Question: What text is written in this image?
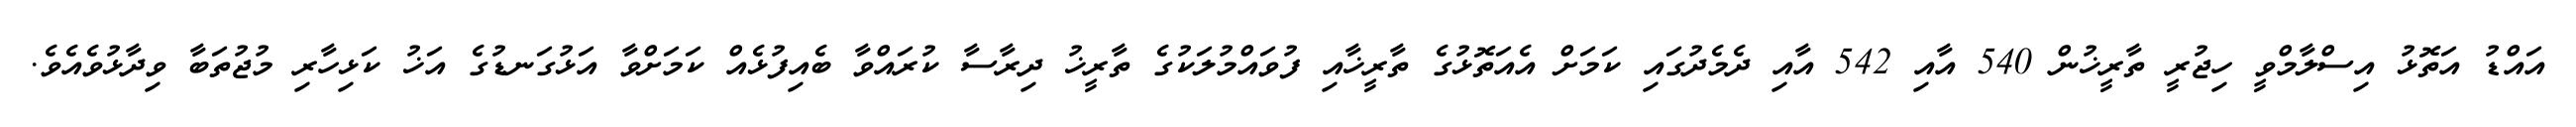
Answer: އައްޑު އަތޮޅު އިސްލާމްވީ ހިޖުރީ ތާރީޚުން 540 އާއި 542 އާއި ދެމެދުގައި ކަމަށް އެއަތޮޅުގެ ތާރީޚާއި ފުވައްމުލަކުގެ ތާރީޚު ދިރާސާ ކުރައްވާ ބެއިފުޅެއް ކަމަށްވާ އަޅުގަނޑުގެ އަޚު ކަޅިހާރި މުޖުތަބާ ވިދާޅުވެއެވެ.